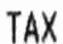
TAX